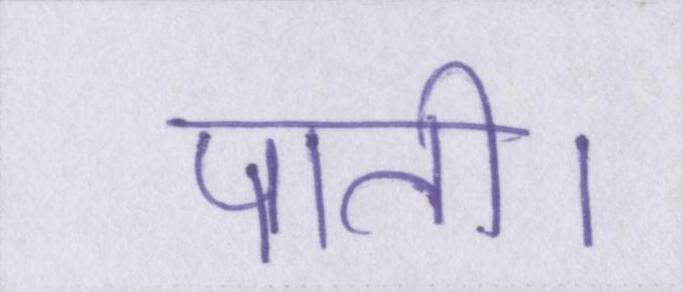
पाती।